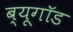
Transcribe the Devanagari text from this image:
ब्यूगॉड